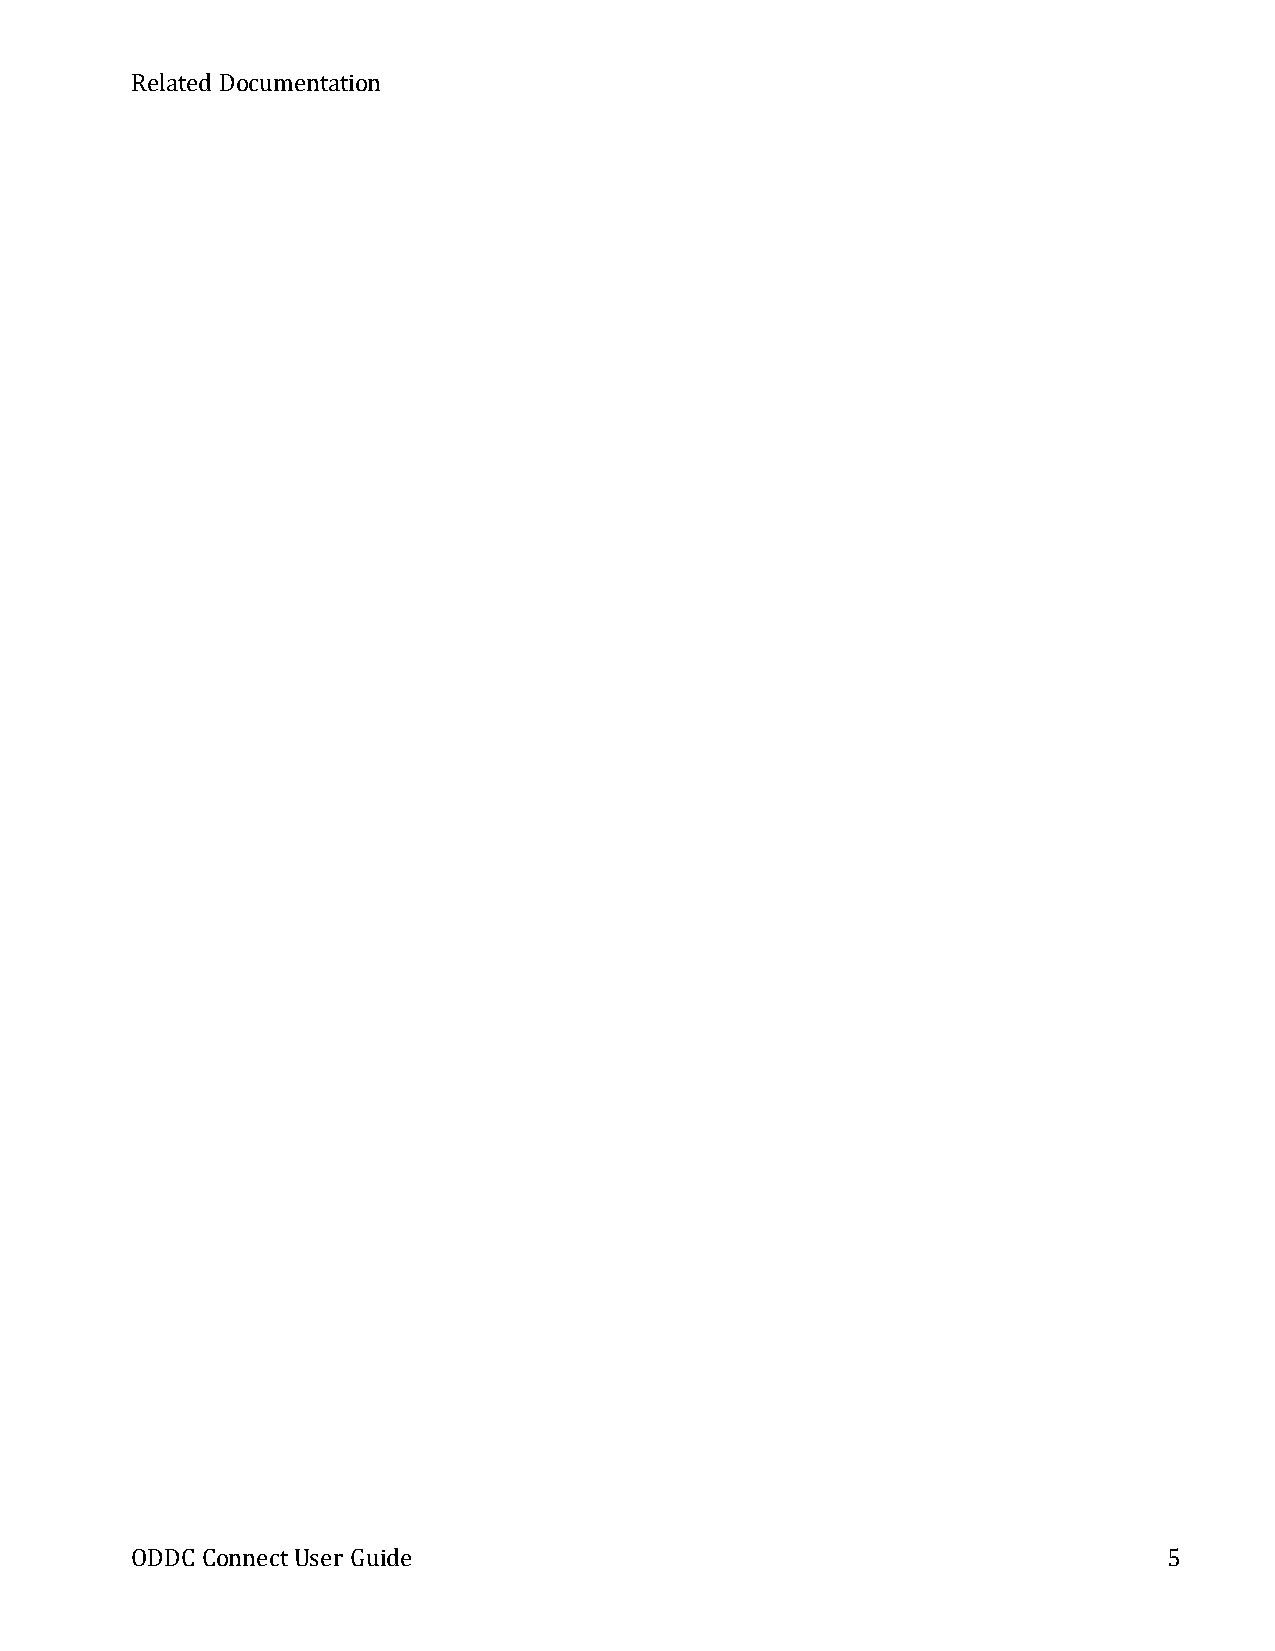
Related Documentation
 ODDC ConnectUser Guide                                              5